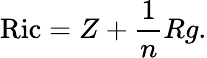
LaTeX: \operatorname{Ric}=Z+{\frac{1}{n}}Rg.